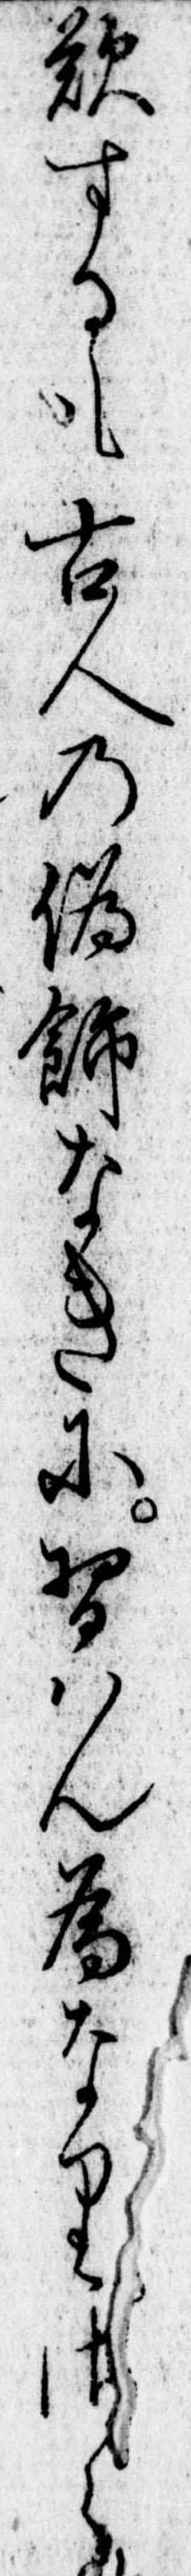
歎するも古人の偽飾なきに習はん為なりさら